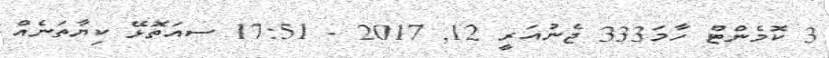
3 ކޮމެންޓް ހާމަ333 ޖެނުއަރީ 12